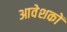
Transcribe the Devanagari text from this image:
आवेशकों